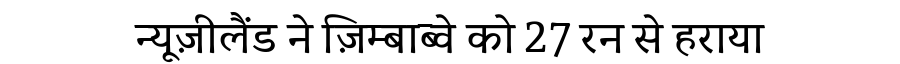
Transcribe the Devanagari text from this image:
न्यूज़ीलैंड ने ज़िम्बाब्वे को 27 रन से हराया